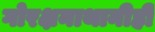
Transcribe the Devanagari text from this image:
गोरक्षनाथानीही